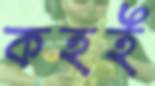
কহই